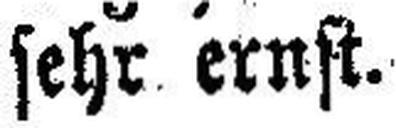
sehr ernst.